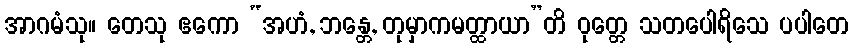
အာဂမံသု။ တေသု ဧကော “အဟံ, ဘန္တေ, တုမှာကမတ္ထာယာ”တိ ဝုတ္တေ သတပေါရိသေ ပပါတေ